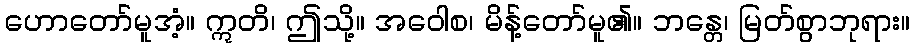
ဟောတော်မူအံ့။ ဣတိ၊ ဤသို့။ အဝေါစ၊ မိန့်တော်မူ၏။ ဘန္တေ၊ မြတ်စွာဘုရား။